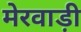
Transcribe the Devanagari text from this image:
मेरवाड़ी